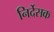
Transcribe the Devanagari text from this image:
निर्देसक